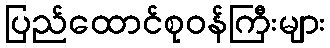
ပြည်ထောင်စုဝန်ကြီးများ